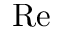
\mathrm { R e }